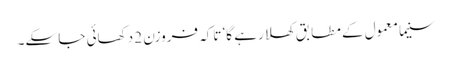
سنیما معمول کے مطابق کھلا رہے گا‘ تاکہ فروزن 2 دکھائی جا سکے۔